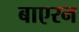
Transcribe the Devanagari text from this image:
बाएरन